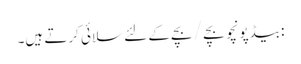
: بیڈپونچو بچے / بچے کے لئے سلائی کرتے ہیں۔